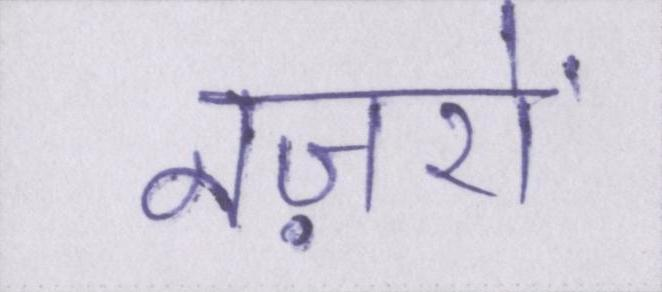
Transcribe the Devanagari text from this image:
नज़रों